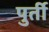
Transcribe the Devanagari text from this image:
पुर्ती